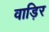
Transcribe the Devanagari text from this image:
वाड़िर